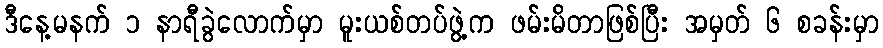
ဒီနေ့မနက် ၁ နာရီခွဲလောက်မှာ မူးယစ်တပ်ဖွဲ့က ဖမ်းမိတာဖြစ်ပြီး အမှတ် ၆ စခန်းမှာ